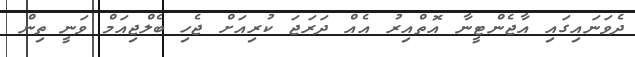
ދެވަނައިގައި އާޖެންޓީނާ އޮތްއިރު އެއް ދަރަޖަ ކުރިއަށް ޖެހި ބެލްޖިއަމް ވަނީ ތިން